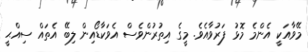
މޭވާއަކީ އެންމެ މޮޅު ފަރުވާއެވެ. މީގެ އިތުރުންވެސް އެވަކާޑޯއިން ލިބޭ އެތައް ސިއްޙީ